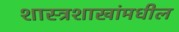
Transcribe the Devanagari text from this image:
शास्त्रशाखांमधील